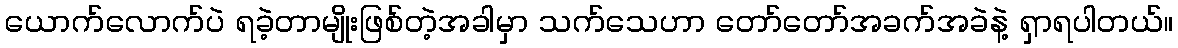
ယောက်လောက်ပဲ ရခဲ့တာမျိုးဖြစ်တဲ့အခါမှာ သက်သေဟာ တော်တော်အခက်အခဲနဲ့ ရှာရပါတယ်။